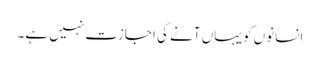
انسانوں کو یہاں آنے کی اجازت نہیں ہے۔